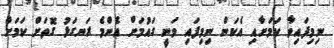
ނިމިފައިވާ ކަމަށާއި އެކަން ނިމިފައި ވަނީ ގައުމަށް އެންމެ ރަނގަޅު ގޮތަށް ކަމަށް